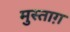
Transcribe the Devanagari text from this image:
मुस्ताग़